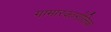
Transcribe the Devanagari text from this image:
गामारक्तगोलिका